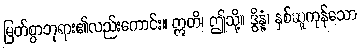
မြတ်စွာဘုရား၏လည်းကောင်း။ ဣတိ၊ ဤသို့။ ဒွိန္နံ၊ နှစ်ဆူကုန်သော